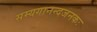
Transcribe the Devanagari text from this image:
सम्यगानन्दजनकः